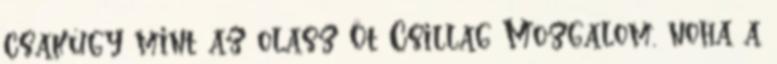
csakúgy mint az olasz Öt Csillag Mozgalom, noha a